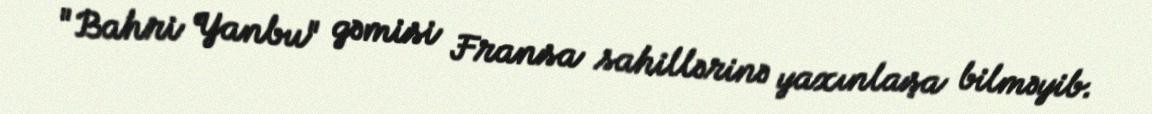
"Bahri Yanbu" gəmisi Fransa sahillərinə yaxınlaşa bilməyib.